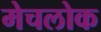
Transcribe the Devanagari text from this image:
मेचलोक